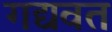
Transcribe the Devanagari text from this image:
गद्यवत